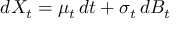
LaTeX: d X _ { t } = \mu _ { t } \, d t + \sigma _ { t } \, d B _ { t }